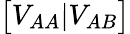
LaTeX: \big[V_{AA}|V_{AB}\big]